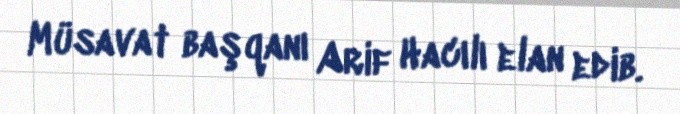
Müsavat başqanı Arif Hacılı elan edib.